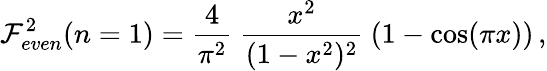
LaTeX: {\cal F}_{even}^{2}(n=1)={\frac{4}{\pi^{2}}}~{\frac{x^{2}}{(1-x^{2})^{2}}}~(1-\cos(\pi x))\, ,